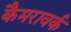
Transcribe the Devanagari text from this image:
कैमरावर्क